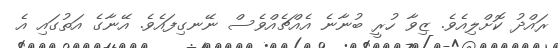
ރައްދު ކޮށްލިއެވެ. ޒިވާ ހުރީ ބުނާނެ އެއްޗެއްވެސް ނޭނގިފައެވެ. އޭނާގެ އަތުގައި އެ